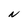
Character: N